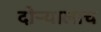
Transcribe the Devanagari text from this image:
दोऱ्यालाच